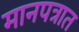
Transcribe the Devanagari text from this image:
मानपत्रात